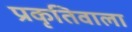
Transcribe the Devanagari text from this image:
प्रकृतिवाला